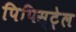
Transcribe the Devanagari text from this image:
पिपिस्ट्रेल